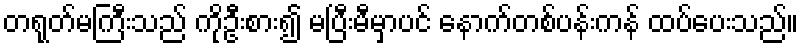
တရုတ်မကြီးသည် ကိုဦးစား၍ မပြီးမီမှာပင် နောက်တစ်ပန်းကန် ထပ်ပေးသည်။